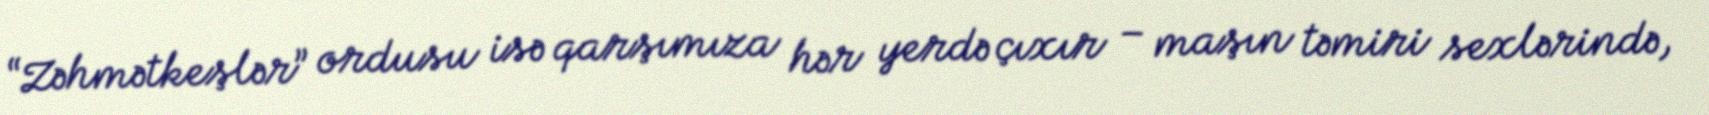
“Zəhmətkeşlər” ordusu isə qarşımıza hər yerdə çıxır – maşın təmiri sexlərində,